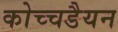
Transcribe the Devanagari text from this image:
कोच्चडैयन